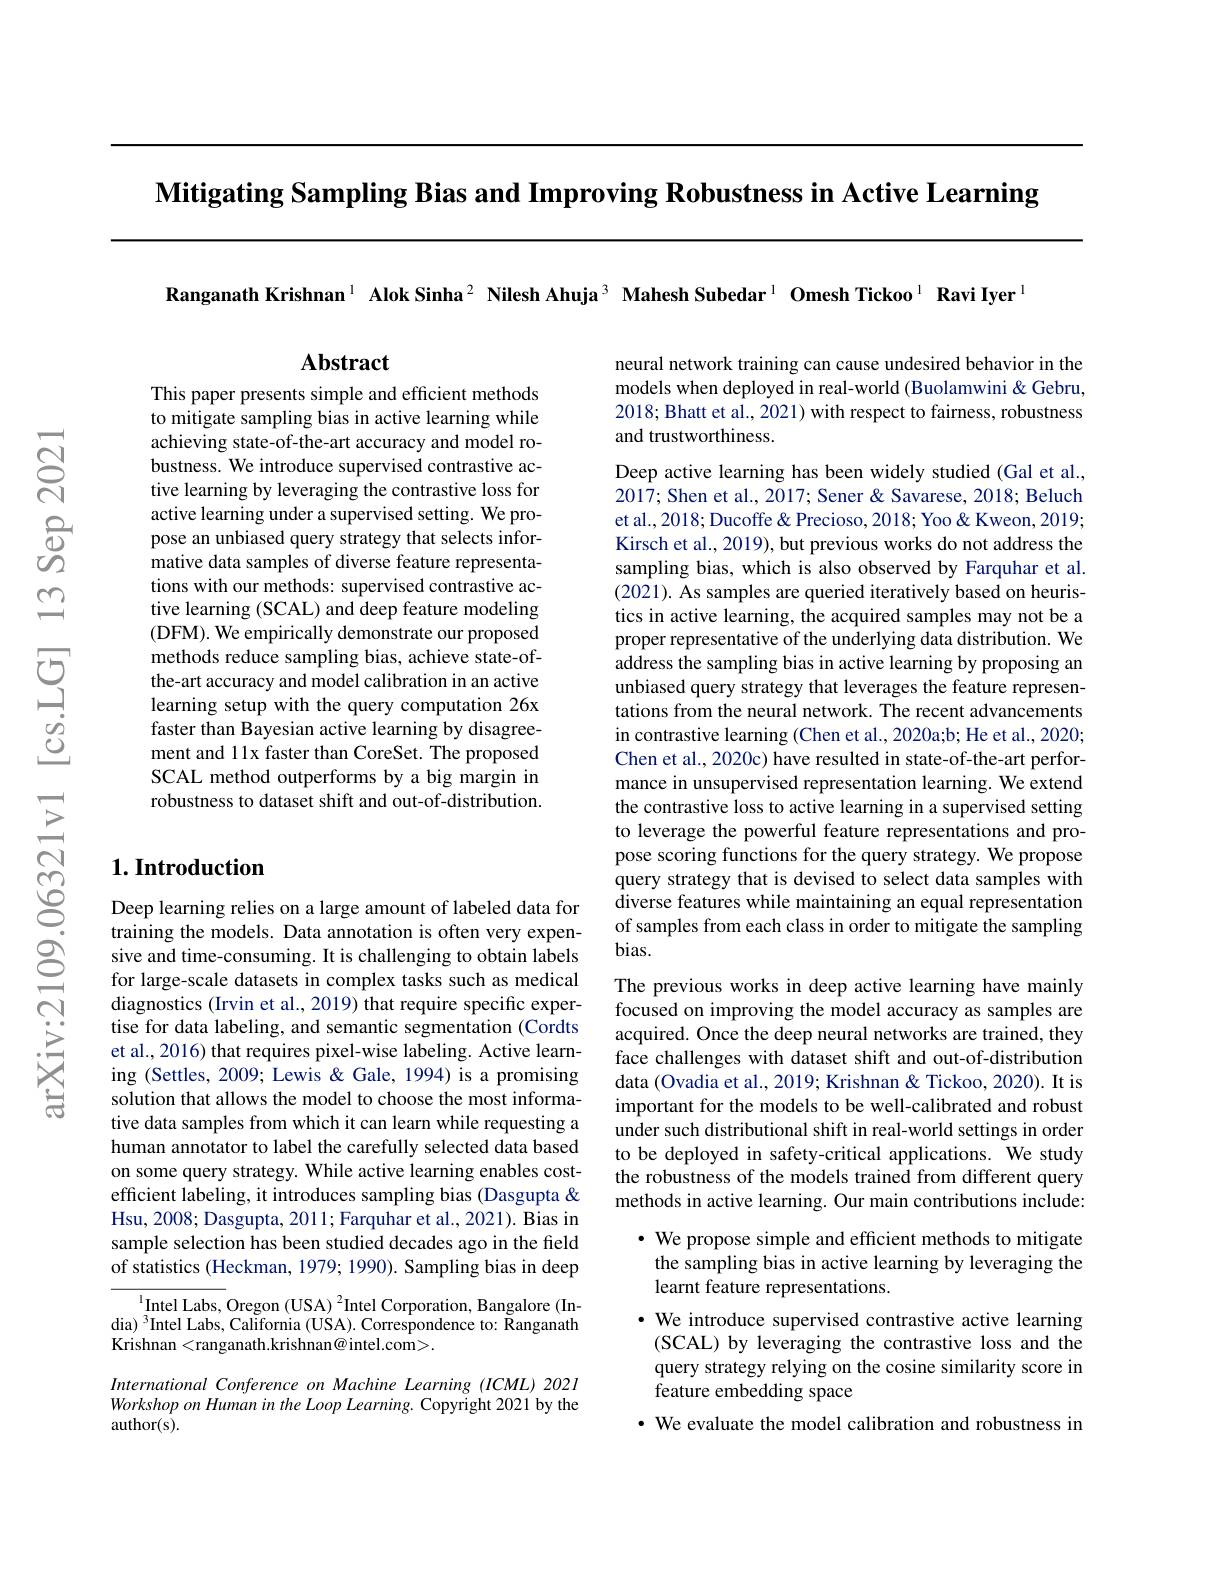
$\textbf{Mitigating Sampling Bias and Improving Robustness in Active Learning}$

Ranganath Krishnan$^{1}$ Alok Sinha$^{2}\textbf{ Nilesh Ahuja}^{3}\textbf{ Mahesh Subedar}^{1}\textbf{Omesh Tickoo}^{1}\textbf{ Ravi Iyer}^{1}$

$\mathbf{Abstract}$

This paper presents simple and efficient methods to mitigate sampling bias in active learning while achieving state-of-the-art accuracy and model robustness. We introduce supervised contrastive active learning by leveraging the contrastive loss for active learning under a supervised setting. We propose an unbiased query strategy that selects informative data samples of diverse feature representations with our methods: supervised contrastive active learning (SCAL) and deep feature modeling (DFM). We empirically demonstrate our proposed methods reduce sampling bias, achieve state-ofthe-art accuracy and model calibration in an active learning setup with the query computation 26x faster than Bayesian active learning by disagreement and 11x faster than CoreSet. The proposed SCAL method outperforms by a big margin in robustness to dataset shift and out-of-distribution.

## $1. \textbf{Introduction}$

Deep learning relies on a large amount of labeled data for training the models. Data annotation is often very expensive and time-consuming. It is challenging to obtain labels for large-scale datasets in complex tasks such as medical diagnostics (Irvin et al., 2019) that require specific expertise for data labeling, and semantic segmentation (Cordts et al., 2016) that requires pixel-wise labeling. Active learning (Settles, 2009; Lewis &Gale, 1994) is a promising solution that allows the model to choose the most informative data samples from which it can learn while requesting a human annotator to label the carefully selected data based on some query strategy. While active learning enables costefficient labeling, it introduces sampling bias (Dasgupta & Hsu, 2008; Dasgupta, 2011; Farquhar et al., 2021). Bias in sample selection has been studied decades ago in the field of statistics (Heckman, 1979; 1990). Sampling bias in deep

${^{1}\mathrm{Intel~Labs,~Oregon~(USA)~}^{2}\mathrm{Intel~Corporation,~Bangalore~(In-)}}$ dia) $^3$Intel Labs, California (USA). Correspondence to: Ranganath Krishnan<ranganath.krishnan@intel.com>.

International Conference on Machine Learning (ICML) 2021 Workshop on Human in the Loop Learning. Copyright 2021 by the author(s).

neural network training can cause undesired behavior in the models when deployed in real-world (Buolamwini&Gebru, 2018; Bhatt et al., 2021) with respect to fairness, robustness and trustworthiness.

Deep active learning has been widely studied (Gal et al.,

2017; Shen et al., 2017; Sener & Savarese, 2018; Beluch

et al., 2018; Ducoffe& Precioso, 2018; Yoo& Kweon, 2019;

Kirsch et al., 2019), but previous works do not address the

sampling bias, which is also observed by Farquhar et al.

(2021). As samples are queried iteratively based on heuris-

tics in active learning, the acquired samples may not be a

proper representative of the underlying data distribution. We

address the sampling bias in active learning by proposing an

unbiased query strategy that leverages the feature represen-

tations from the neural network. The recent advancements

in contrastive learning (Chen et al., 2020a;b; He et al., 2020;

Chen et al., 2020c) have resulted in state-of-the-art perfor-

mance in unsupervised representation learning. We extend

the contrastive loss to active learning in a supervised setting

to leverage the powerful feature representations and pro-

pose scoring functions for the query strategy. We propose

query strategy that is devised to select data samples with

diverse features while maintaining an equal representation

of samples from each class in order to mitigate the sampling

bias.

The previous works in deep active learning have mainly focused on improving the model accuracy as samples are acquired. Once the deep neural networks are trained, they face challenges with dataset shift and out-of-distribution data (Ovadia et al., 2019; Krishnan & Tickoo, 2020). It is important for the models to be well-calibrated and robust under such distributional shift in real-world settings in order to be deployed in safety-critical applications. We study the robustness of the models trained from different query methods in active learning. Our main contributions include:

$\cdot$ We propose simple and efficient methods to mitigate the sampling bias in active learning by leveraging the## learnt feature representations.

$\cdot$ We introduce supervised contrastive active learning

(SCAL) by leveraging the contrastive loss and the

query strategy relying on the cosine similarity score in

feature embedding space

· We evaluate the model calibration and robustness in